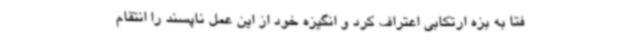
فتا به بزه ارتکابی اعتراف کرد و انگیزه خود از این عمل ناپسند را انتقام